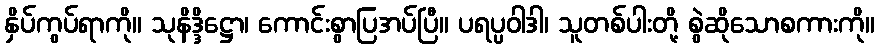
နှိပ်ကွပ်ရာကို။ သုနိဒ္ဒိဋ္ဌော၊ ကောင်းစွာပြအပ်ပြီ။ ပရပ္ပဝါဒါ၊ သူတစ်ပါးတို့ စွဲဆိုသောစကားကို။